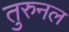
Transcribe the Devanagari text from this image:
तुरुनल